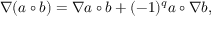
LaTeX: \nabla ( a \circ b ) = \nabla a \circ b + ( - 1 ) ^ { q } a \circ \nabla b ,